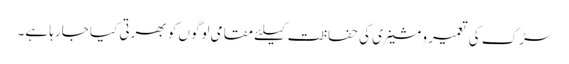
سڑک کی تعمیر و مشینری کی حفاظت کیلئے مقامی لوگوں کو بھرتی کیا جارہا ہے۔